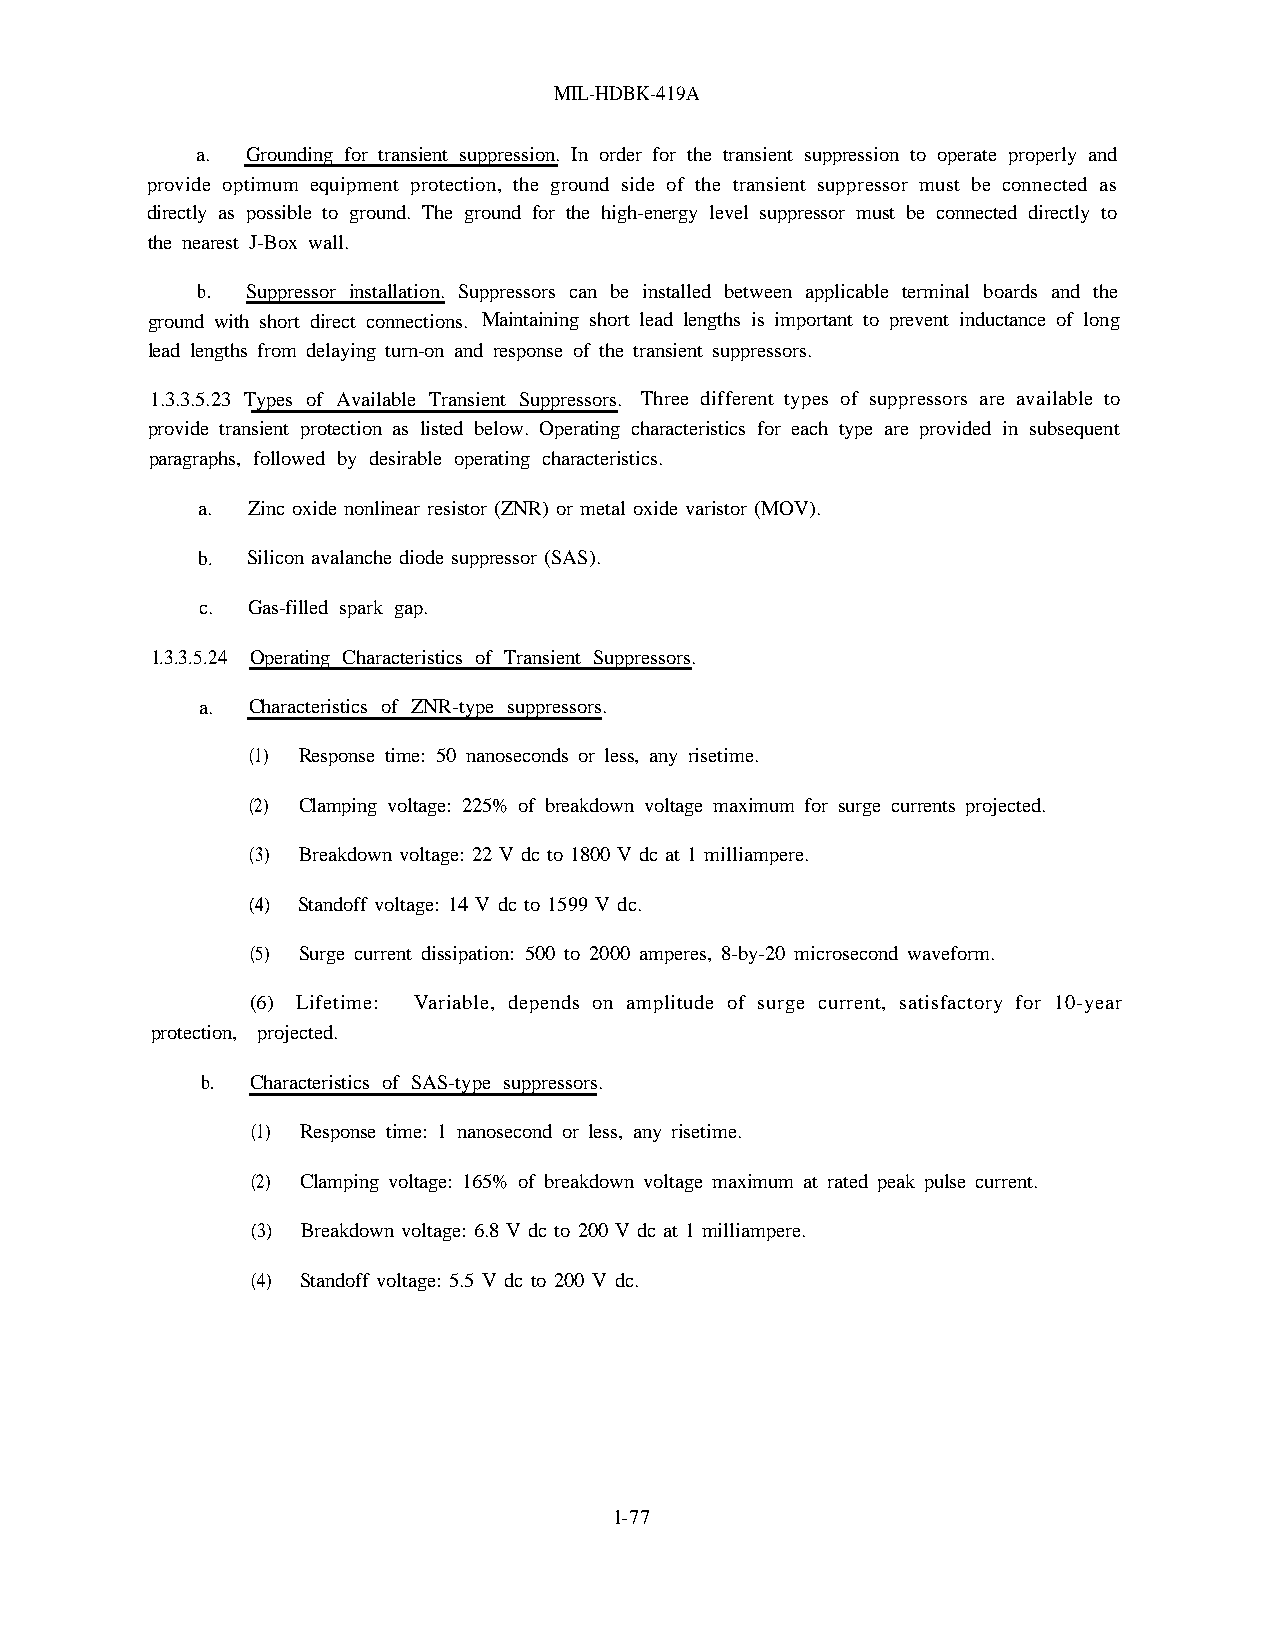
MIL-HDBK-419A
 a. Grounding for transient suppression. In order for the transient suppression to operate properly and
 provide optimum equipment protection, the ground side of the transient suppressor must be connected as
 directly as possible to ground. The ground for the high-energy level suppressor must be connected directly to
 the nearest J-Box wall.
 b. Suppressor installation. Suppressors can be installed between applicable terminal boards and the
 ground with short direct connections. Maintaining short lead lengths is important to prevent inductance of long
 lead lengths from delaying turn-on and response of the transient suppressors.
 1.3.3.5.23 Types of Available Transient Suppressors. Three different types of suppressors are available to
 provide transient protection as listed below. Operating characteristics for each type are provided in subsequent
 paragraphs, followed by desirable operating characteristics.
 a. Zinc oxide nonlinear resistor (ZNR) or metal oxide varistor (MOV).
 b. Silicon avalanche diode suppressor (SAS).
 c. Gas-filled spark gap.
 1.3.3.5.24 Operating Characteristics of Transient Suppressors.
 a. Characteristics of ZNR-type suppressors.
 (1) Response time: 50 nanoseconds or less, any risetime.
 (2) Clamping voltage: 225% of breakdown voltage maximum for surge currents projected.
 (3) Breakdown voltage: 22 V dc to 1800 V dc at 1 milliampere.
 (4) Standoff voltage: 14 V dc to 1599 V dc.
 (5) Surge current dissipation: 500 to 2000 amperes, 8-by-20 microsecond waveform.
 (6) Lifetime: Variable, depends on amplitude of surge current, satisfactory for 10-year
 protection, projected.
 b.  Characteristics of SAS-type suppressors.
 (1) Response time: 1 nanosecond or less, any risetime.
 (2) Clamping voltage: 165% of breakdown voltage maximum at rated peak pulse current.
 (3) Breakdown voltage: 6.8 V dc to 200 V dc at 1 milliampere.
 (4) Standoff voltage: 5.5 V dc to 200 V dc.
 l-77